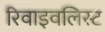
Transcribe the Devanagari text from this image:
रिवाइवलिस्ट